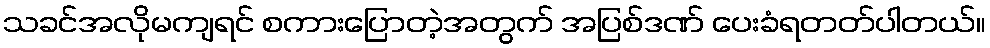
သခင်အလိုမကျရင် စကားပြောတဲ့အတွက် အပြစ်ဒဏ် ပေးခံရတတ်ပါတယ်။